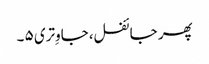
پھر جائفل، جاوِتری ۵ ۔